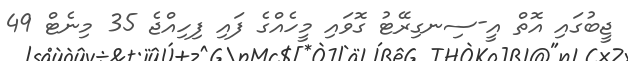
ޖީބުގައި އޮތް އީ-ސިނގިރޭޓު ގޮވައި މީހެއްގެ ފައި ފިހިއްޖެ 35 މިނެޓް 49